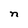
Character: n